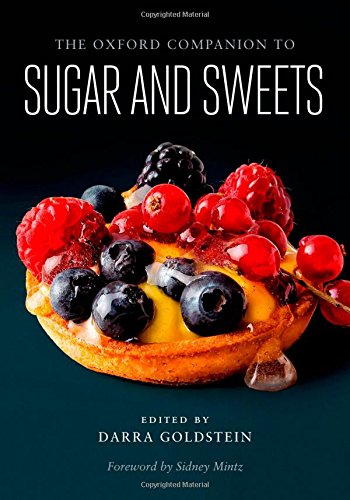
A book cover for The Oxford Companion to Sugar and Sweets (Oxford Companions); Humor & Entertainment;